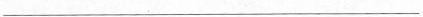
___